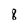
Character: 8